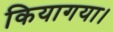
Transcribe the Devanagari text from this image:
कियागया।